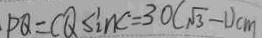
P Q = C Q \sin c = 3 0 ( \sqrt { 3 } - 1 ) c m